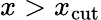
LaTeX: x>x_{\mathrm{cut}}